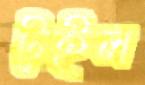
টুইল